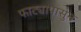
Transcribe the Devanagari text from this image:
फाट्यापासुन